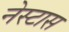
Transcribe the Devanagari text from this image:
नेस्टास